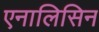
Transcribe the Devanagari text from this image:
एनालिसिन